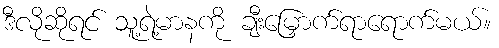
ဒီလိုဆိုရင် သူ့ရဲ့မာနကို ချီးမြှောက်ရာရောက်မယ်။